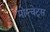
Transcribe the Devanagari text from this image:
मोस्चेट्स